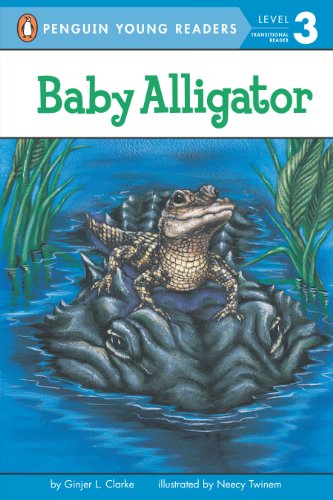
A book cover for Baby Alligator (Penguin Young Readers, Level 3); Ginjer L. Clarke; Children's Books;